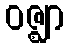
ဝဇ္ဈာ